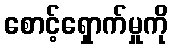
စောင့်ရှောက်မှုကို